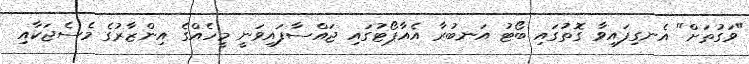
"ވަގުތަށް" އެނގިފައިވާ ގޮތުގައި ބޯޓު އަނބުރާ އެއާޕޯޓުގައި ޖައްސާފައިވަނީ މީހެއްގެ އިންޒާރުގެ މެސެޖަކާއި